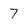
Character: 7